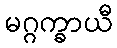
မဂ္ဂက္ခာယီ